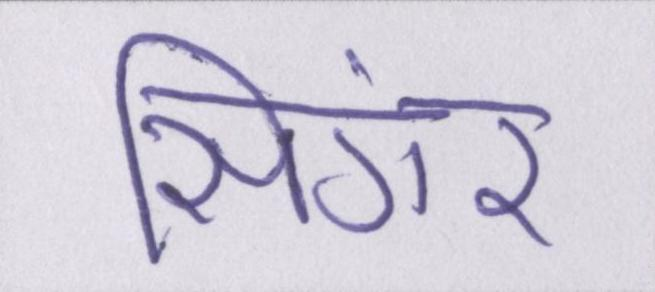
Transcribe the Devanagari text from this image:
सिंगर